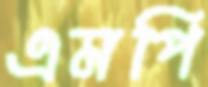
এমপি